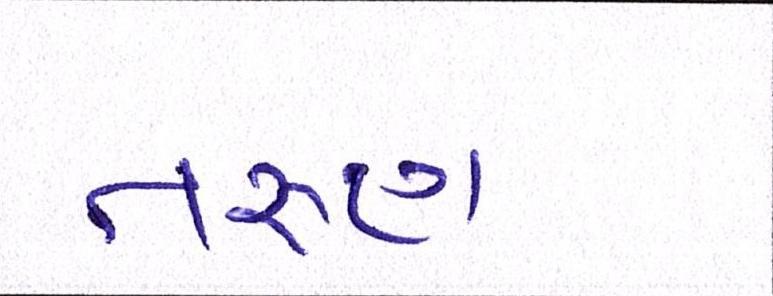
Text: તરુણ